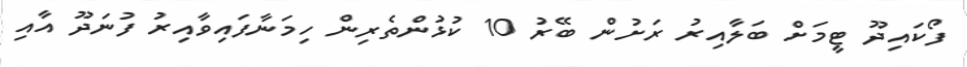
ފޯކައިދޫ ޓީމަށް ބަލާއިރު ރަށުން ބޭރު 10 ކުޅުންތެރިން ހިމަނާފައިވާއިރު ފުނަދޫ އާއި